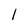
Character: l